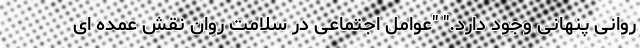
روانی پنهانی وجود دارد." "عوامل اجتماعی در سلامت روان نقش عمده ای